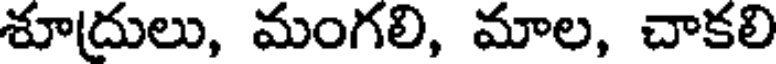
శూద్రులు, మంగలి, మాల, చాకలి